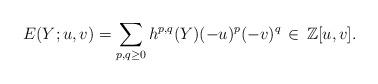
LaTeX: \begin{align*}E(Y;u,v) = \sum_{p,q \geq 0}h^{p,q}(Y) (-u)^p(-v)^q \,\in\,\mathbb Z[u,v].\end{align*}